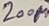
Text: 200µ